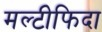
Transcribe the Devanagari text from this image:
मल्टीफिदा